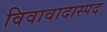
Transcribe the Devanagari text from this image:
विवावादास्पद